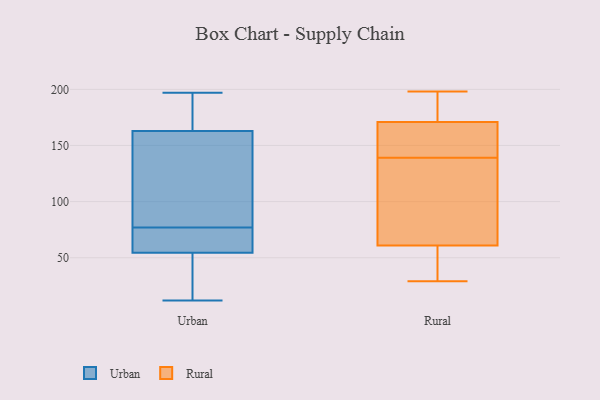
{"axis": {"x": "Churn Rate (%)", "y": "Value"}, "legend": ["Rural", "Urban"], "data": [{"x": "", "y": 53, "type": "Urban"}, {"x": "", "y": 59, "type": "Urban"}, {"x": "", "y": 72, "type": "Urban"}, {"x": "", "y": 77, "type": "Urban"}, {"x": "", "y": 197, "type": "Urban"}, {"x": "", "y": 66, "type": "Urban"}, {"x": "", "y": 12, "type": "Urban"}, {"x": "", "y": 26, "type": "Urban"}, {"x": "", "y": 165, "type": "Urban"}, {"x": "", "y": 50, "type": "Urban"}, {"x": "", "y": 101, "type": "Urban"}, {"x": "", "y": 72, "type": "Urban"}, {"x": "", "y": 89, "type": "Urban"}, {"x": "", "y": 163, "type": "Urban"}, {"x": "", "y": 163, "type": "Urban"}, {"x": "", "y": 179, "type": "Urban"}, {"x": "", "y": 35, "type": "Urban"}, {"x": "", "y": 109, "type": "Urban"}, {"x": "", "y": 171, "type": "Urban"}, {"x": "", "y": 184, "type": "Rural"}, {"x": "", "y": 192, "type": "Rural"}, {"x": "", "y": 139, "type": "Rural"}, {"x": "", "y": 84, "type": "Rural"}, {"x": "", "y": 198, "type": "Rural"}, {"x": "", "y": 171, "type": "Rural"}, {"x": "", "y": 160, "type": "Rural"}, {"x": "", "y": 158, "type": "Rural"}, {"x": "", "y": 53, "type": "Rural"}, {"x": "", "y": 128, "type": "Rural"}, {"x": "", "y": 29, "type": "Rural"}, {"x": "", "y": 54, "type": "Rural"}, {"x": "", "y": 61, "type": "Rural"}, {"x": "", "y": 139, "type": "Rural"}]}